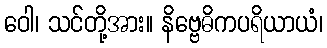
ဝေါ၊ သင်တို့အား။ နိဗ္ဗေဓိကပရိယာယံ၊